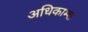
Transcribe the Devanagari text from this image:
अधिकाम्श